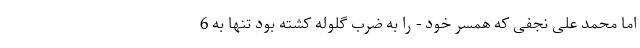
اما محمد علی نجفی که همسر خود - را به ضرب گلوله کشته بود تنها به 6